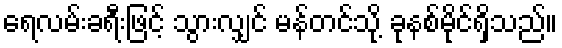
ရေလမ်းခရီးဖြင့် သွားလျှင် မန်တင်သို့ ခုနစ်မိုင်ရှိသည်။